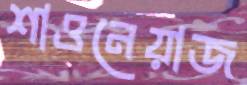
শাওনেয়াজ